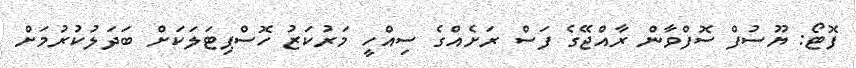
ފޮޓޯ: ޔޫސުފް ސޮފްވާން ރާއްޖޭގެ ފަސް ރަށެއްގެ ސިއްހީ މަރުކަޒު ހޮސްޕިޓަލަކަށް ބަދަލުކުރުމަށް